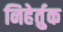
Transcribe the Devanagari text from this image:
निहेर्तुक